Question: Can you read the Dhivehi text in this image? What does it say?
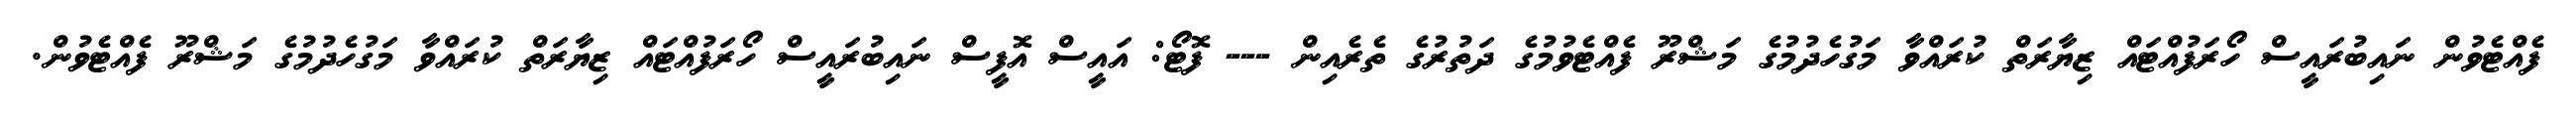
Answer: ފެއްޓެވުން ނައިބުރައީސް ހޯރަފުއްޓައް ޒިޔާރަތް ކުރައްވާ މަގުހެދުމުގެ މަޝްރޫ ފެއްޓެވުމުގެ ދަތުރުގެ ތެރެއިން --- ފޮޓޯ: އައީސް އޮފީސް ނައިބުރައީސް ހޯރަފުއްޓައް ޒިޔާރަތް ކުރައްވާ މަގުހެދުމުގެ މަޝްރޫ ފެއްޓެވުން.